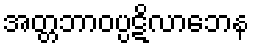
အတ္တဘာဝပ္ပဋိလာဘေန